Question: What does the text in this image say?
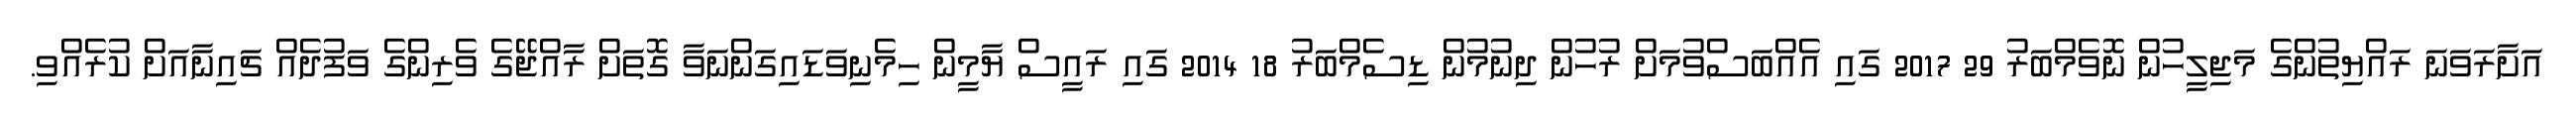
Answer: އަށާރަވަނަ ރައްޔިތުންގެ މަޖިލީހުން ނޮވެމްބަރު 29 2017 ގައި އެއްބަސްވުމަށް ރުހުން ދިނުމުން ޑިސެމްބަރު 18 2014 ގައި ރައީސް ޔާމީން ހިމެނިވަޑައިގަންނަވާ ގޮތަށް ރާއްޖޭގެ ވެރިންގެ ވަފުދެއް ޗައިނާއަށް ކުރެއްވި.